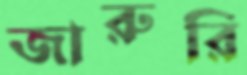
জারুরি